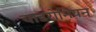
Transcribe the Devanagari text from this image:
चाडरोनियन